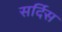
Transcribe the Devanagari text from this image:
सर्दिस